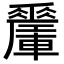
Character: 𨏜